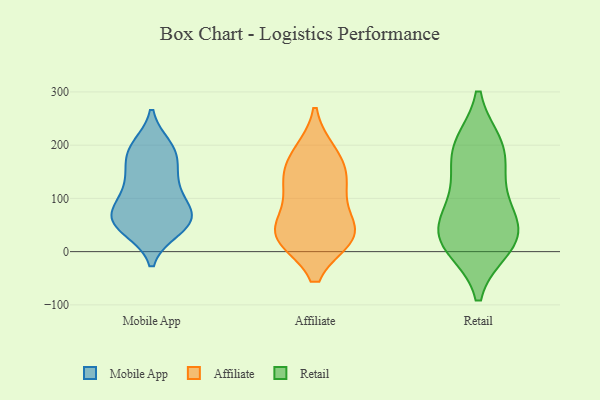
{"axis": {"x": "Shipments", "y": "Value"}, "legend": ["Affiliate", "Mobile App", "Retail"], "data": [{"x": "", "y": 187, "type": "Mobile App"}, {"x": "", "y": 79, "type": "Mobile App"}, {"x": "", "y": 43, "type": "Mobile App"}, {"x": "", "y": 57, "type": "Mobile App"}, {"x": "", "y": 181, "type": "Mobile App"}, {"x": "", "y": 58, "type": "Mobile App"}, {"x": "", "y": 128, "type": "Mobile App"}, {"x": "", "y": 72, "type": "Mobile App"}, {"x": "", "y": 135, "type": "Mobile App"}, {"x": "", "y": 62, "type": "Mobile App"}, {"x": "", "y": 186, "type": "Mobile App"}, {"x": "", "y": 125, "type": "Mobile App"}, {"x": "", "y": 196, "type": "Mobile App"}, {"x": "", "y": 78, "type": "Mobile App"}, {"x": "", "y": 43, "type": "Mobile App"}, {"x": "", "y": 119, "type": "Affiliate"}, {"x": "", "y": 43, "type": "Affiliate"}, {"x": "", "y": 184, "type": "Affiliate"}, {"x": "", "y": 30, "type": "Affiliate"}, {"x": "", "y": 114, "type": "Affiliate"}, {"x": "", "y": 176, "type": "Affiliate"}, {"x": "", "y": 29, "type": "Affiliate"}, {"x": "", "y": 31, "type": "Affiliate"}, {"x": "", "y": 31, "type": "Affiliate"}, {"x": "", "y": 143, "type": "Affiliate"}, {"x": "", "y": 29, "type": "Retail"}, {"x": "", "y": 35, "type": "Retail"}, {"x": "", "y": 89, "type": "Retail"}, {"x": "", "y": 18, "type": "Retail"}, {"x": "", "y": 191, "type": "Retail"}, {"x": "", "y": 198, "type": "Retail"}, {"x": "", "y": 190, "type": "Retail"}, {"x": "", "y": 47, "type": "Retail"}, {"x": "", "y": 11, "type": "Retail"}, {"x": "", "y": 126, "type": "Retail"}]}